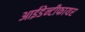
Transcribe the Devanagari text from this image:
आईडेन्टीफायर